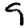
Digit: 9